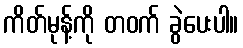
ကိတ်မုန့်ကို တဝက် ခွဲပေးပါ။